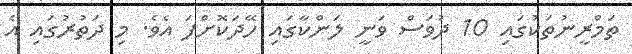
ތަމްރީނުތަކުގައި 10 ދުވަސް ވަނީ ލަންކާގައި ހޭދަކޮށްފަ އެވެ. މި ދަތުރުގައި އެ